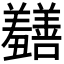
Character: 𫅡